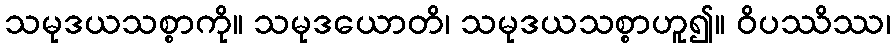
သမုဒယသစ္စာကို။ သမုဒယောတိ၊ သမုဒယသစ္စာဟူ၍။ ဝိပဿိဿ၊